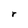
Character: r